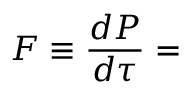
F \equiv { \frac { d P } { d \tau } } =